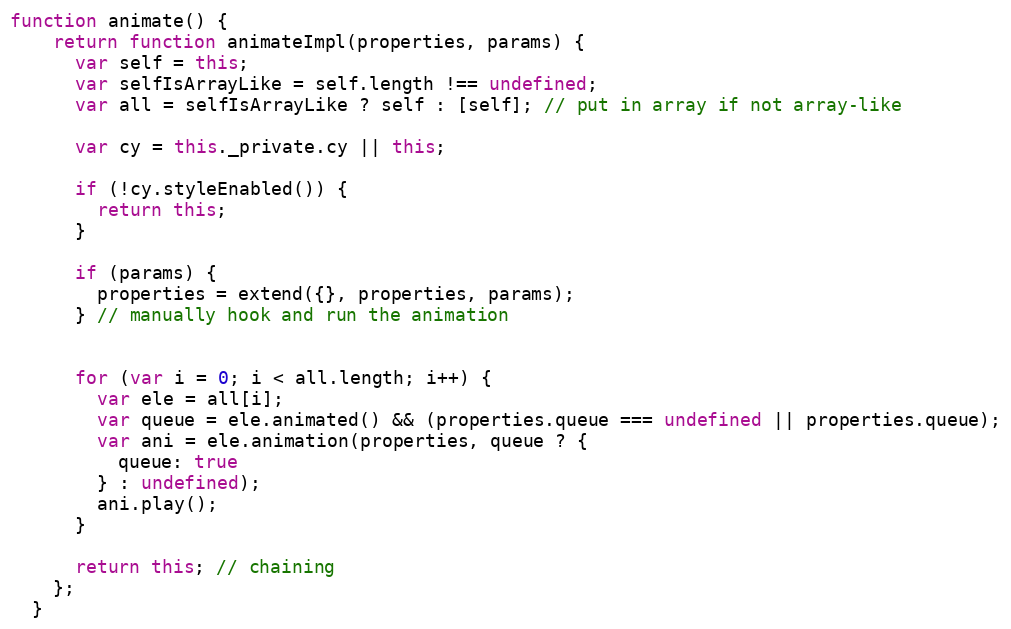
Language: JavaScript
function animate() {
    return function animateImpl(properties, params) {
      var self = this;
      var selfIsArrayLike = self.length !== undefined;
      var all = selfIsArrayLike ? self : [self]; // put in array if not array-like

      var cy = this._private.cy || this;

      if (!cy.styleEnabled()) {
        return this;
      }

      if (params) {
        properties = extend({}, properties, params);
      } // manually hook and run the animation

      for (var i = 0; i < all.length; i++) {
        var ele = all[i];
        var queue = ele.animated() && (properties.queue === undefined || properties.queue);
        var ani = ele.animation(properties, queue ? {
          queue: true
        } : undefined);
        ani.play();
      }

      return this; // chaining
    };
  }